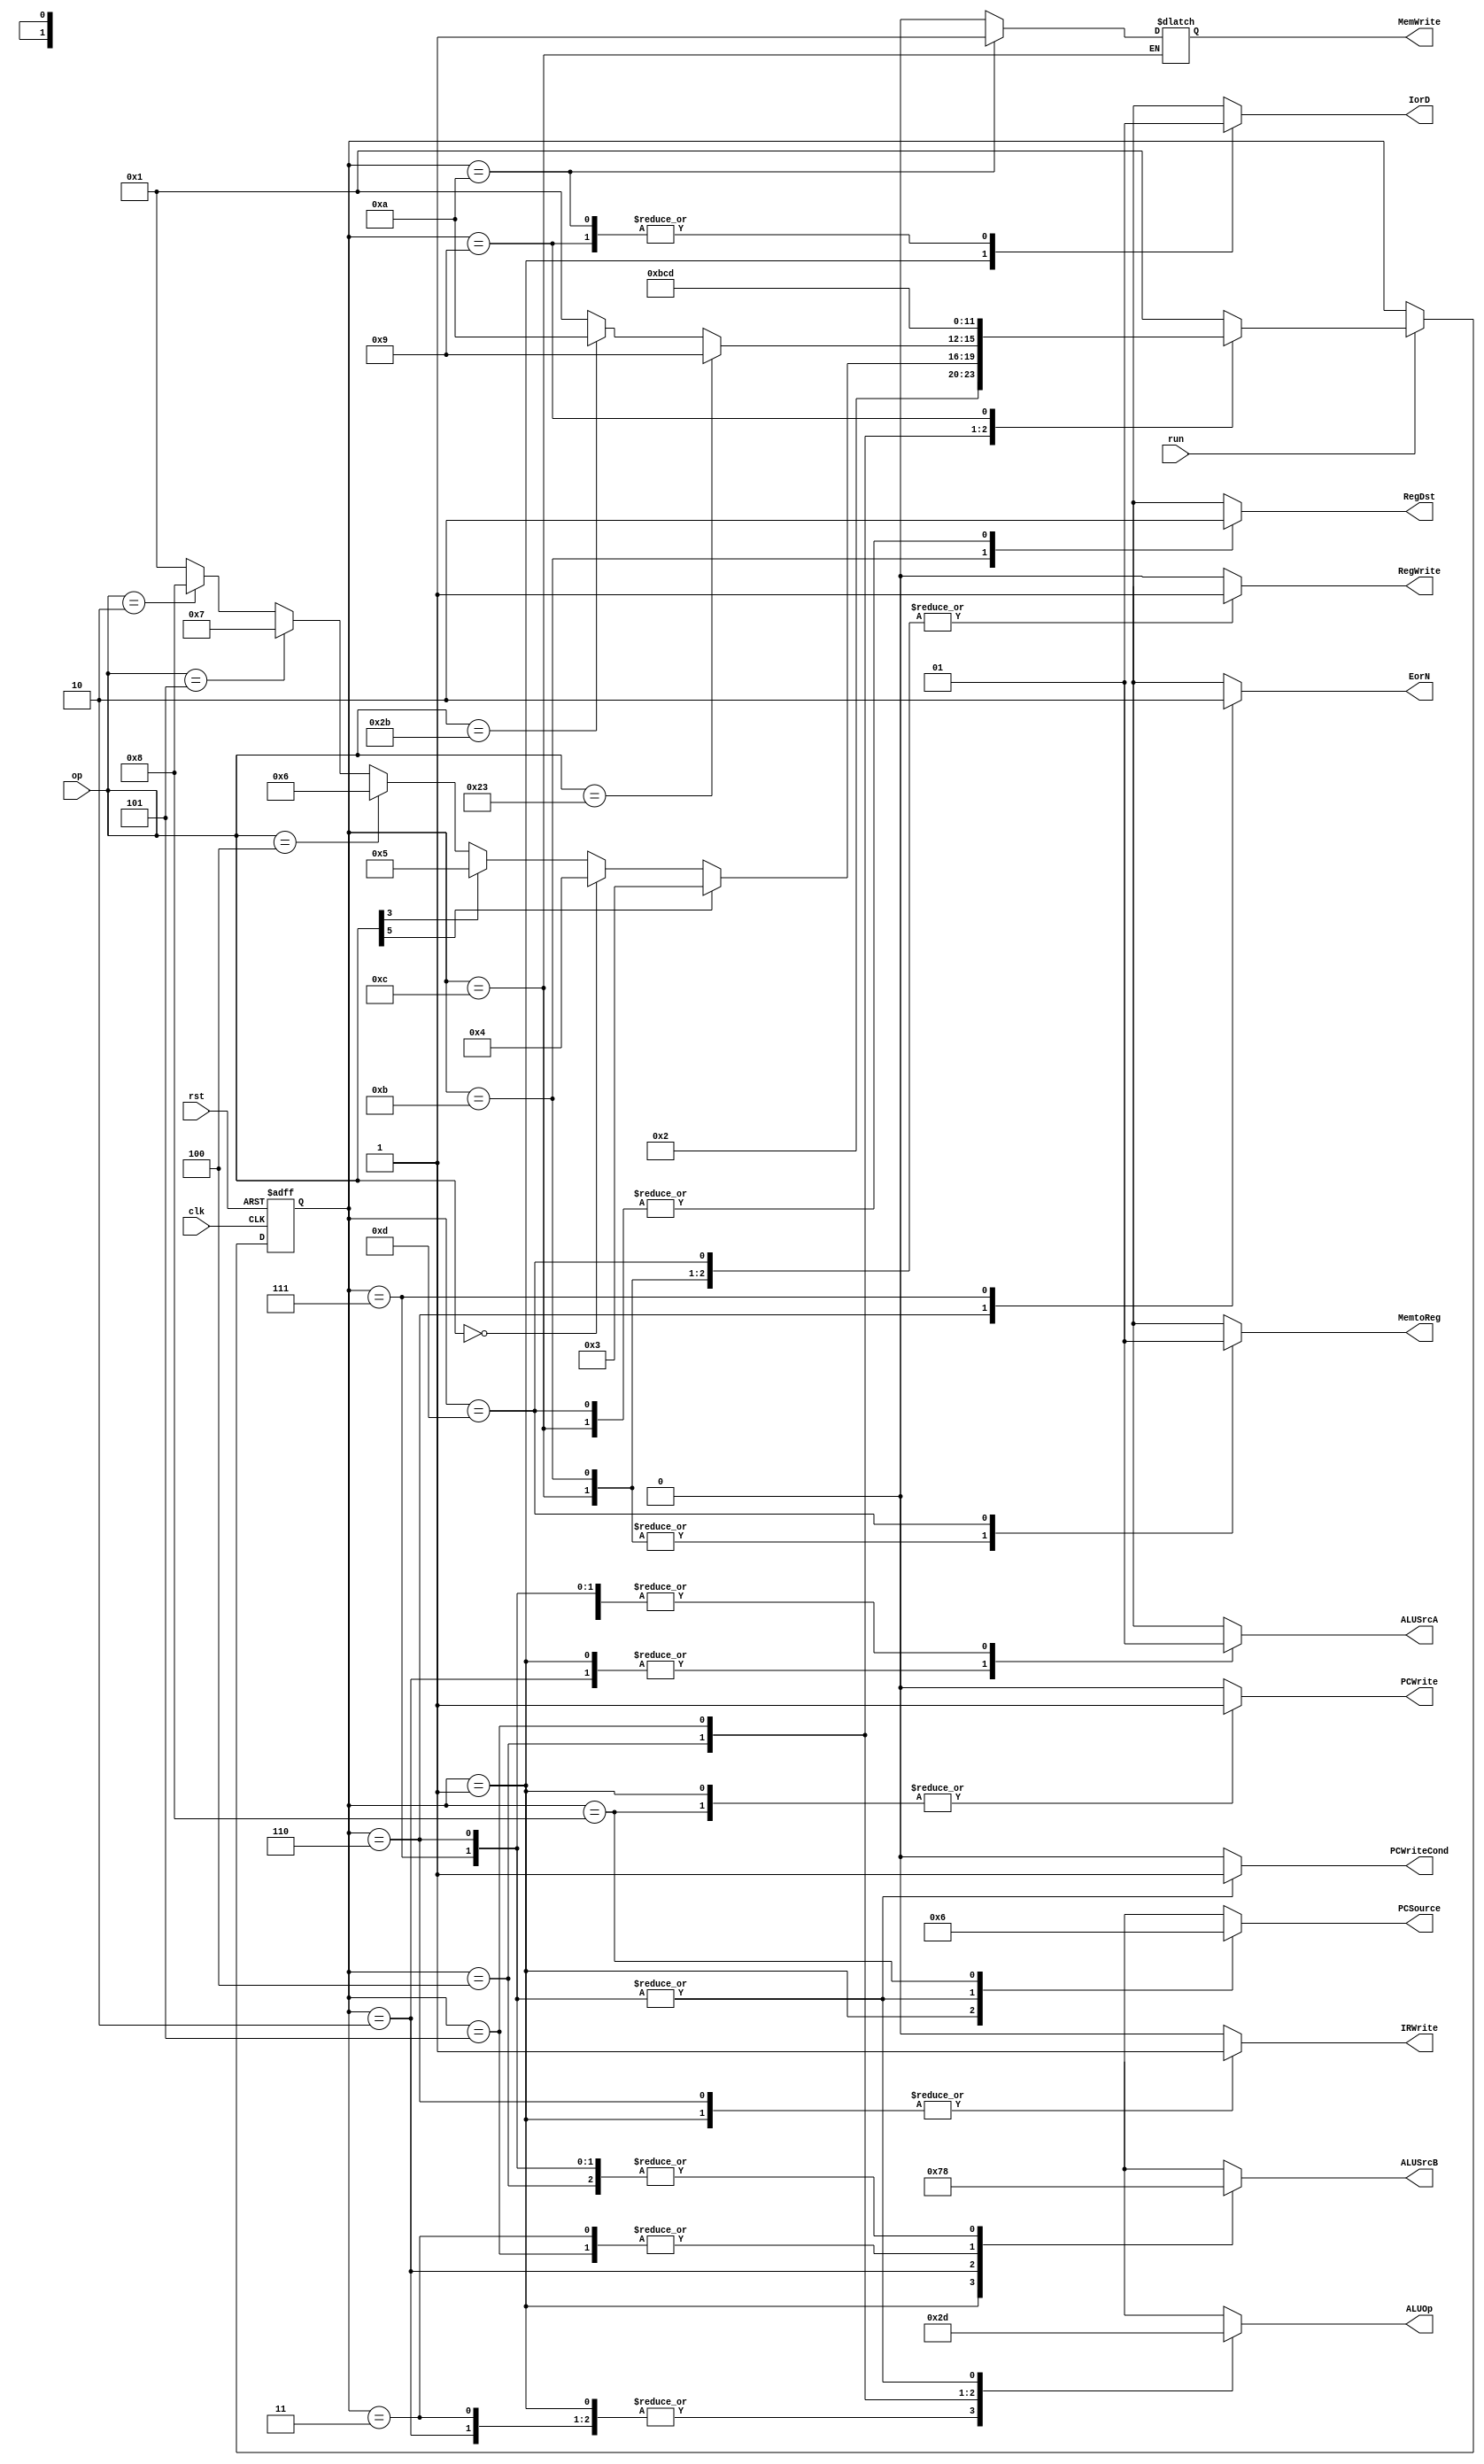
module ControlUnit(
    input clk,
    input rst,
    input run,
    input [5:0] op,
    output reg PCWriteCond,
    output reg PCWrite,
    output reg IorD,
    output reg MemWrite,
    output reg MemtoReg,
    output reg IRWrite,
    output reg [1:0] PCSource,
    output reg [1:0] ALUOp,
    output reg [1:0] ALUSrcB,
    output reg ALUSrcA,
    output reg RegWrite,
    output reg RegDst,
    output reg EorN
);

    parameter Start = 0, InsFet = 1, InsDec = 2, MemAdrCom = 3, RExe = 4, IExe = 5, BeqCom = 6, 
    BneCom = 7, JumCom = 8, LwMemAcc = 9, SwMemAcc = 10, Rcom = 11, Icom = 12, WriBac = 13;
    reg [3:0] curr_state, next_state;

    always @ (posedge clk, posedge rst)
    begin
        if (rst)
            curr_state <= Start;
        else if (run)
            curr_state <= next_state;
        else curr_state <= curr_state;
    end

    always @ (*)
    begin
        case (curr_state)
            Start: begin
                next_state = InsFet;
            end
            InsFet: begin
                next_state = InsDec;
            end
            InsDec: begin
                if (op[5] == 1) begin
                        next_state = MemAdrCom;
                end
                else if (op == 6'b00_0000) begin
                        next_state = RExe;
                end
                else if (op[3] == 1) begin
                        next_state = IExe;
                end
                else if (op == 6'b00_0100) begin
                        next_state = BeqCom;
                end
                else if (op == 6'b00_0101) begin
                        next_state = BneCom;
                end
                else if (op == 6'b00_0010) begin
                        next_state = JumCom;
                end
                else next_state = InsFet;
            end
            MemAdrCom: begin
                if (op == 6'b10_0011) begin
                    next_state = LwMemAcc;
                end
                else if (op == 6'b10_1011) begin
                    next_state = SwMemAcc;
                end
                else next_state = InsFet;
            end
            RExe: begin
                next_state = Rcom;
            end
            IExe: begin
                next_state = Icom;
            end
            BeqCom: begin
                next_state = InsFet;
            end
            BneCom: begin
                next_state = InsFet;
            end
            JumCom: begin
                next_state = InsFet;
            end
            LwMemAcc: begin
                next_state = WriBac;
            end
            SwMemAcc: begin
                next_state = InsFet;
            end
            Rcom: begin
                next_state = InsFet;
            end
            Icom: begin
                next_state = InsFet;
            end
            WriBac: begin
                next_state = InsFet;
            end
            default: next_state = InsFet;
        endcase
    end

    always @ (curr_state)
    begin
        case (curr_state)
            Start: begin
                PCWriteCond = 1'b0;
                PCWrite = 1'b0;
                MemWrite = 1'b0;
                IRWrite = 1'b0;
                RegWrite = 1'b0;
                
                IorD = 1'bx;
                MemtoReg = 1'bx;
                PCSource = 2'bxx;
                ALUOp = 2'bxx;
                ALUSrcB = 2'bxx;
                ALUSrcA = 1'bx;
                RegDst = 1'bx;
                EorN = 1'bx;
            end
            InsFet: begin
                PCWriteCond = 1'b0;
                PCWrite = 1'b1;
                MemWrite = 1'b0;
                IRWrite = 1'b1;
                RegWrite = 1'b0;

                IorD = 1'b0;
                MemtoReg = 1'bx;
                PCSource = 2'b00;
                ALUOp = 2'b00;
                ALUSrcB = 2'b01;
                ALUSrcA = 1'b0;
                RegDst = 1'bx;
                EorN = 1'bx;
            end
            InsDec: begin
                PCWriteCond = 1'b0;
                PCWrite = 1'b0;
                MemWrite = 1'b0;
                IRWrite = 1'b0;
                RegWrite = 1'b0;

                IorD = 1'bx;
                MemtoReg = 1'bx;
                PCSource = 2'bxx;
                ALUOp = 2'b00;
                ALUSrcB = 2'b11;
                ALUSrcA = 1'b0;
                RegDst = 1'bx;
                EorN = 1'bx;
            end
            MemAdrCom: begin
                PCWriteCond = 1'b0;
                PCWrite = 1'b0;
                MemWrite = 1'b0;
                IRWrite = 1'b0;
                RegWrite = 1'b0;

                IorD = 1'bx;
                MemtoReg = 1'bx;
                PCSource = 2'bxx;
                ALUOp = 2'b00;
                ALUSrcB = 2'b10;
                ALUSrcA = 1'b1;
                RegDst = 1'bx;
                EorN = 1'bx;
            end 
            RExe: begin
                PCWriteCond = 1'b0;
                PCWrite = 1'b0;
                MemWrite = 1'b0;
                IRWrite = 1'b0;
                RegWrite = 1'b0;

                IorD = 1'bx;
                MemtoReg = 1'bx;
                PCSource = 2'bxx;
                ALUOp = 2'b10;
                ALUSrcB = 2'b00;
                ALUSrcA = 1'b1;
                RegDst = 1'bx;
                EorN = 1'bx;
            end
            IExe: begin
                PCWriteCond = 1'b0;
                PCWrite = 1'b0;
                MemWrite = 1'b0;
                IRWrite = 1'b0;
                RegWrite = 1'b0;

                IorD = 1'bx;
                MemtoReg = 1'bx;
                PCSource = 2'bxx;
                ALUOp = 2'b11;
                ALUSrcB = 2'b10;
                ALUSrcA = 1'b1;
                RegDst = 1'bx;
                EorN = 1'bx;
            end
            BeqCom: begin
                PCWriteCond = 1'b1;
                PCWrite = 1'b0;
                MemWrite = 1'b0;
                IRWrite = 1'b1;
                RegWrite = 1'b0;

                IorD = 1'bX;
                MemtoReg = 1'bx;
                PCSource = 2'b01;
                ALUOp = 2'b01;
                ALUSrcB = 2'b00;
                ALUSrcA = 1'b1;
                RegDst = 1'bX;
                EorN = 1'b1;
            end
            BneCom: begin
                PCWriteCond = 1'b1;
                PCWrite = 1'b0;
                MemWrite = 1'b0;
                IRWrite = 1'b0;
                RegWrite = 1'b0;

                IorD = 1'bX;
                MemtoReg = 1'bx;
                PCSource = 2'b01;
                ALUOp = 2'b01;
                ALUSrcB = 2'b00;
                ALUSrcA = 1'b1;
                RegDst = 1'bx;
                EorN = 1'b0;
            end
            JumCom: begin
                PCWriteCond = 1'b0;
                PCWrite = 1'b1;
                MemWrite = 1'b0;
                IRWrite = 1'b0;
                RegWrite = 1'b0;
                
                IorD = 1'bx;
                MemtoReg = 1'bx;
                PCSource = 2'b10;
                ALUOp = 2'bxx;
                ALUSrcB = 2'bxx;
                ALUSrcA = 1'bx;
                RegDst = 1'bx;
                EorN = 1'bx;
            end
            LwMemAcc: begin
                PCWriteCond = 1'b0;
                PCWrite = 1'b0;
                MemWrite = 1'b0;
                IRWrite = 1'b0;
                RegWrite = 1'b0;
                
                IorD = 1'b1;
                MemtoReg = 1'bx;
                PCSource = 2'bxx;
                ALUOp = 2'bxx;
                ALUSrcB = 2'bxx;
                ALUSrcA = 1'bx;
                RegDst = 1'bx;
                EorN = 1'bx;
            end
            SwMemAcc: begin
                PCWriteCond = 1'b0;
                PCWrite = 1'b0;
                MemWrite = 1'b1;
                IRWrite = 1'b0;
                RegWrite = 1'b0;
                
                IorD = 1'b1;
                MemtoReg = 1'bx;
                PCSource = 2'bxx;
                ALUOp = 2'bxx;
                ALUSrcB = 2'bxx;
                ALUSrcA = 1'bx;
                RegDst = 1'bx;
                EorN = 1'bx;
            end
            Rcom: begin
                PCWriteCond = 1'b0;
                PCWrite = 1'b0;
                MemWrite = 1'b0;
                IRWrite = 1'b0;
                RegWrite = 1'b1;
                
                IorD = 1'bx;
                MemtoReg = 1'b0;
                PCSource = 2'bxx;
                ALUOp = 2'bxx;
                ALUSrcB = 2'bxx;
                ALUSrcA = 1'bx;
                RegDst = 1'b1;
                EorN = 1'bx;
            end
            Icom: begin
                PCWriteCond = 1'b0;
                PCWrite = 1'b0;
                IRWrite = 1'b0;
                RegWrite = 1'b1;
                
                IorD = 1'bx;
                MemtoReg = 1'b0;
                PCSource = 2'bxx;
                ALUOp = 2'bxx;
                ALUSrcB = 2'bxx;
                ALUSrcA = 1'bx;
                RegDst = 1'b0;
                EorN = 1'bx;
            end
            WriBac: begin
                PCWriteCond = 1'b0;
                PCWrite = 1'b0;
                MemWrite = 1'b0;
                IRWrite = 1'b0;
                RegWrite = 1'b1;
                
                IorD = 1'bx;
                MemtoReg = 1'b1;
                PCSource = 2'bxx;
                ALUOp = 2'bxx;
                ALUSrcB = 2'bxx;
                ALUSrcA = 1'bx;
                RegDst = 1'b0;
                EorN = 1'bx;
            end
            default: begin
                PCWriteCond = 1'b0;
                PCWrite = 1'b0;
                MemWrite = 1'b0;
                IRWrite = 1'b0;
                RegWrite = 1'b0;
                
                IorD = 1'bx;
                MemtoReg = 1'bx;
                PCSource = 2'bxx;
                ALUOp = 2'bxx;
                ALUSrcB = 2'bxx;
                ALUSrcA = 1'bx;
                RegDst = 1'bx;
                EorN = 1'bx;
            end
        endcase
    end

endmodule // ControlUnit